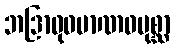
ဘဒြာဝုဓမာဏဝပုစ္ဆာ